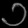
Digit: ၁